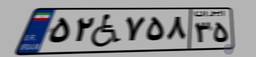
۵۲W۷۵۸۳۵